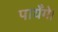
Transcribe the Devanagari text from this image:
पायेँगे।